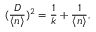
( \frac { D } { \langle n \rangle } ) ^ { 2 } = \frac { 1 } { k } + \frac { 1 } { \langle n \rangle } ,